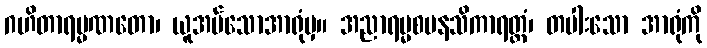
ဂဟိတာရမ္မဏတော၊ ယူအပ်သောအာရုံမှ။ အညာရမ္မစမနသိကာရတ္ထံ၊ တပါးသော အာရုံကို